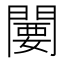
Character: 闄